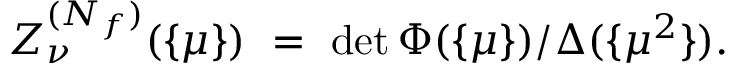
{ \cal Z } _ { \nu } ^ { ( N _ { f } ) } ( \{ \mu \} ) ~ = ~ \operatorname * { d e t } \Phi ( \{ \mu \} ) / \Delta ( \{ \mu ^ { 2 } \} ) .